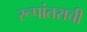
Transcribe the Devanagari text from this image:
रूपांतराची